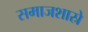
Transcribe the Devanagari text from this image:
समाजशास्रे